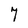
Character: 7